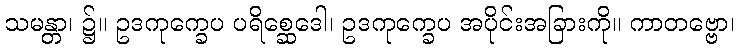
သမန္တာ၊ ၌။ ဥဒကုက္ခေပ ပရိစ္ဆေဒေါ၊ ဥဒကုက္ခေပ အပိုင်းအခြားကို။ ကာတဗ္ဗော၊